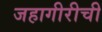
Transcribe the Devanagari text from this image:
जहागीरीची